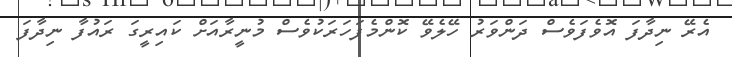
އެރޭ ނިދާފަ އޮވެފަވެސް ދަންވަރު ހޭލެވޭ ކޮންމެފަހަރަކުވެސް މުނީރާއަށް ކައިރީގަ ރައުފާ ނިދާފަ